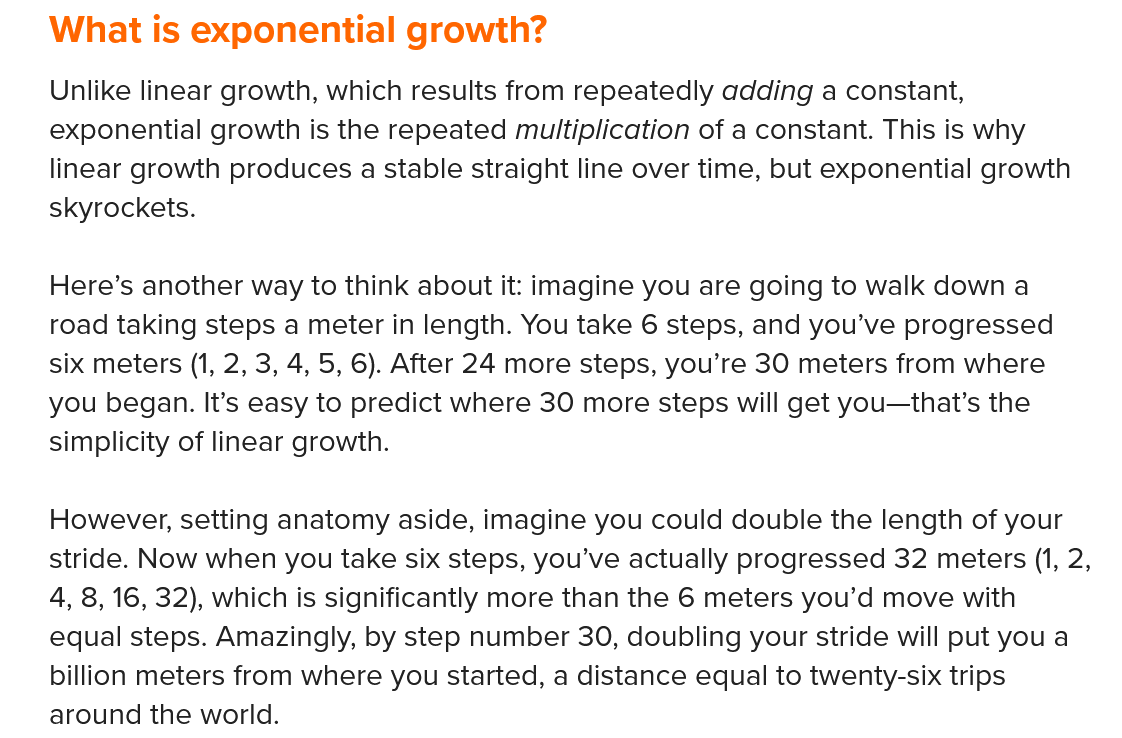
What is  exponential    growth?
    However, setting anatomy aside, imagine you could double the length of your
    stride. Now when you take six steps, you’ve actually progressed 32 meters (1, 2,
    A, 8, 16, 32), which is significantly more than the 6 meters you’d move with
    equal steps. Amazingly, by step number 30, doubling your stride will put you a
    billion meters from where you started, a distance equal to twenty-six trips
    around the world.
    Unlike linear growth, which results from repeatedly adding a constant,
    exponential growth is the repeated multiplication of a constant. This is why
    linear growth produces a stable straight line over time, but exponential growth
    skyrockets.
    Here’s another way to think about it: imagine you are going to walk down a
    road taking steps a meter in length. You take 6 steps, and you’ve progressed
    six meters (1, 2, 3, 4, 5, 6). After 24 more steps, you’re 30 meters from where
    you began. It’s easy to predict where 30 more steps will get you—that’s the
    cimnpnlicity af linaar qrowth